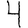
Digit: 4